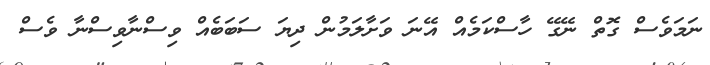
ނަމަވެސް ގޮތް ނޭގޭ ހާސްކަމެއް އޭނަ ވަށާލަމުން ދިޔަ ސަބަބެއް ވިސްނާވިސްނާ ވެސް